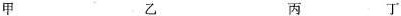
甲 乙 丙 丁